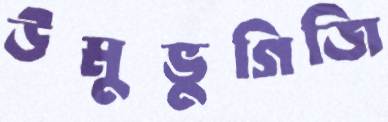
উমুভুগিজি